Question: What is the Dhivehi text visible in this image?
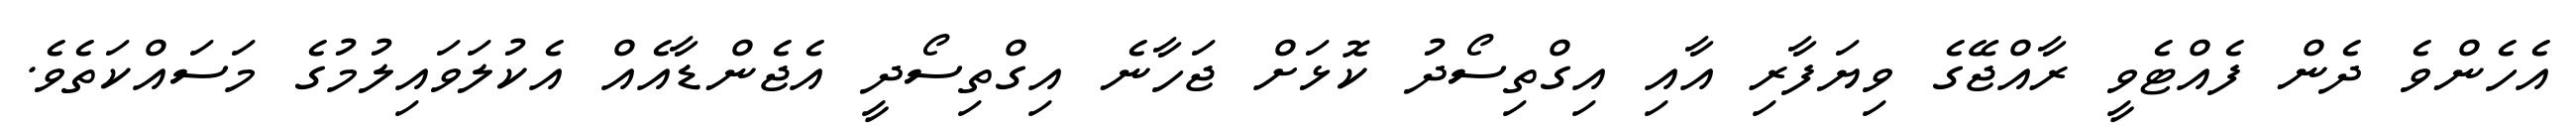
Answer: އެހެންވެ ދެން ފެއްޓެވީ ރާއްޖޭގެ ވިޔަފާރި އާއި އިގްތިސޯދު ކޮޅަށް ޖަހާނެ އިގްތިސޯދީ އެޖެންޑާއެއް އެކުލަވައިލުމުގެ މަސައްކަތެވެ.